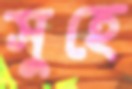
সুহে